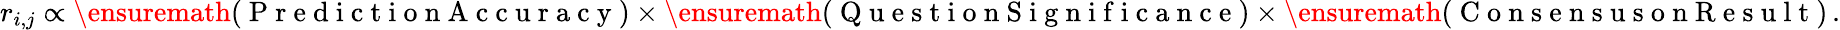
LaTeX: r_{i,j}\propto\ensuremath{\left(\mathrm{~P~r~e~d~i~c~t~i~o~n~A~c~c~u~r~a~c~y~}\right)}\times\ensuremath{\left(\mathrm{~Q~u~e~s~t~i~o~n~S~i~g~n~i~f~i~c~a~n~c~e~}\right)}\times\ensuremath{\left(\mathrm{~C~o~n~s~e~n~s~u~s~o~n~R~e~s~u~l~t~}\right)}\, .